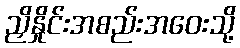
ညှိနှိုင်းအစည်းအဝေးသို့